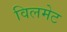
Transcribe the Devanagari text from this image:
विलमेट